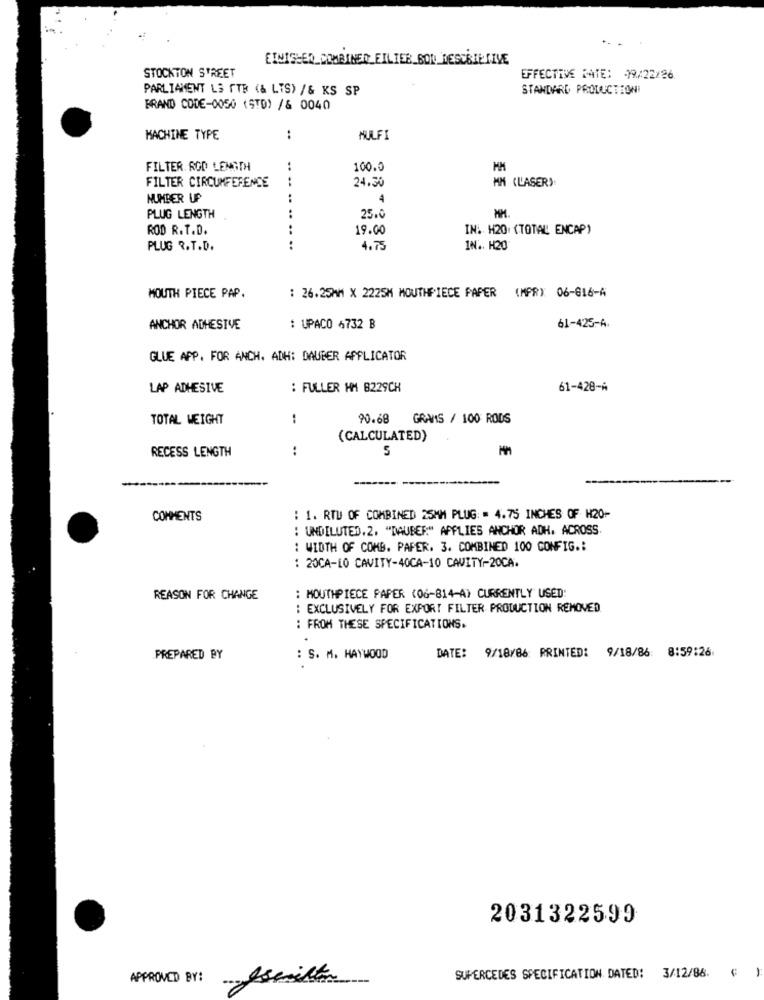
EINIGEER_COMBINED_FILTER_BON DESCRIPTIVE
STOCKTON STREET
EFFECTIVE DATE: 09/22/26
PARLIAMENT LS FTR (& LTS) /& KS SP
STANDARD PRODUCTIONI
BRAND CODE-0050 (STD) /& 0040
MACHINE TYPE
:
MULFI
FILTER. ROD LENGTH
..
100.0
MM
FILTER CIRCUMFERENCE
24,30
MM (LASER)
NUMBER UP
..
4
PLUG LENGTH
25.
ROD R.T.D.
19.00
IN. H20. (TOTAL ENCAP)
PLUG R.T.D.
.. ..
4. 75
IN .. H20
MOUTH PIECE PAP.
: 26.25MM X 2225M MOUTHPIECE PAPER (MPR): 06-816-4
ANCHOR ADHESIVE
: UPACO 4732 B
61-425-4.
GLUE APP. FOR ANCH. ADH: DAUBER APPLICATOR
LAP ADHESIVE
: FULLER HM 8229CH
61-428 -*
TOTAL WEIGHT
:
90.68 GRAMS / 100 RODS
(CALCULATED)
RECESS LENGTH
:
COMMENTS
: 1. RTU OF COMBINED 25MM PLUG: = 4.75 INCHES OF H20-
: UNDILUTED.2. "DAUBER" APPLIES ANCHOR ADH. ACROSS.
: WIDTH OF COMB. PAPER. 3. COMBINED 100 CONFIG .:
: 20CA-LO CAVITY-40CA-10 CAVITY-20CA.
REASON FOR CHANGE
: MOUTHPIECE PAPER (06-814-A) CURRENTLY USED:
: EXCLUSIVELY FOR EXPORT FILTER PRODUCTION REMOVED
: FROM THESE SPECIFICATIONS.
PREPARED BY
: S. M. HAYWOOD
DATE:
9/18/86: PRINTED: 9/18/86: 8:59:26
2031322599
-
APPROVED BY:
SUPERCEDES SPECIFICATION DATED: 3/12/88.